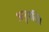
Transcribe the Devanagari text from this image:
अनुमति।